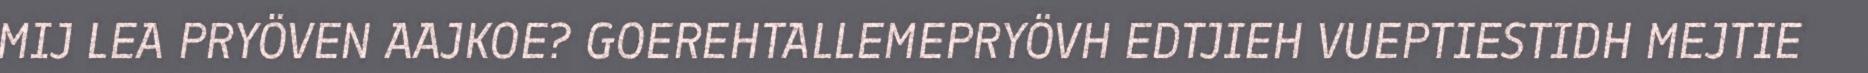
MIJ LEA PRYÖVEN AAJKOE? GOEREHTALLEMEPRYÖVH EDTJIEH VUEPTIESTIDH MEJTIE